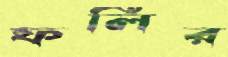
ফলির